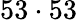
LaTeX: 53\cdot 53